Indian journal of veterinary science and animal husbandry - Volumes 18-21, 1948-1951
Year: 1948
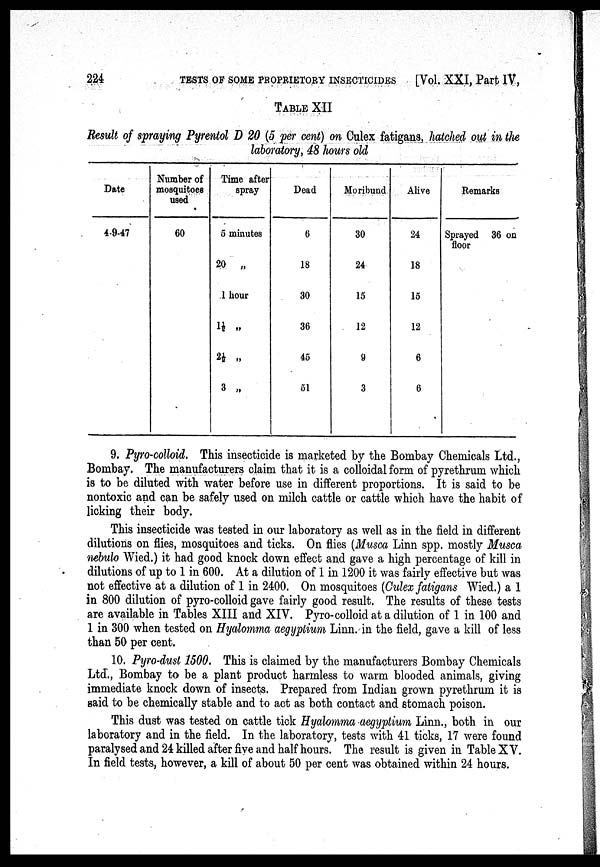
224 TESTS OF SOME PROPRIETORY INSECTICIDES [Vol. XXI, Part IV,
TABLE XII
Result of spraying Pyrentol D 20 (5 per cent) on Culex fatigans, hatched out in the
laboratory, 48 hours old
Date
4-9-47
Number of
mosquitoes
used
60
Time after
spray
5 minutes
20 „
1 hour
1½ „
2½ „
3 „
Dead
6
18
30
36
45
51
Moribund
30
24
15
12
9
3
Alive
24
18
15
12
6
6
Remarks
Sprayed 36 on
floor
9. Pyro-colloid. This insecticide is marketed by the Bombay Chemicals Ltd.,
Bombay. The manufacturers claim that it is a colloidal form of pyrethrum which
is to be diluted with water before use in different proportions. It is said to be
nontoxic and can be safely used on milch cattle or cattle which have the habit of
licking their body.
This insecticide was tested in our laboratory as well as in the field in different
dilutions on flies, mosquitoes and ticks. On flies (Musca Linn spp. mostly Musca
nebulo Wied.) it had good knock down effect and gave a high percentage of kill in
dilutions of up to 1 in 600. At a dilution of 1 in 1200 it was fairly effective but was
not effective at a dilution of 1 in 2400. On mosquitoes (Culex fatigans Wied.) a 1
in 800 dilution of pyro-colloid gave fairly good result. The results of these tests
are available in Tables XIII and XIV. Pyro-colloid at a dilution of 1 in 100 and
1 in 300 when tested on Hyalomma aegyptium Linn. in the field, gave a kill of less
than 50 per cent.
10. Pyro-dust 1500. This is claimed by the manufacturers Bombay Chemicals
Ltd., Bombay to be a plant product harmless to warm blooded animals, giving
immediate knock down of insects. Prepared from Indian grown pyrethrum it is
said to be chemically stable and to act as both contact and stomach poison.
This dust was tested on cattle tick Hyalomma aegyptium Linn., both in our
laboratory and in the field. In the laboratory, tests with 41 ticks, 17 were found
paralysed and 24 killed after five and half hours. The result is given in Table XV.
In field tests, however, a kill of about 50 per cent was obtained within 24 hours.